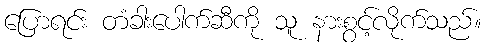
ပြောရင်း တံခါးပေါက်ဆီကို သူ နားစွင့်လိုက်သည်။